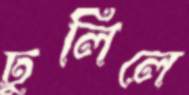
ঢুলিলে